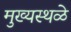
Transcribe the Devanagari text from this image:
मुख्यस्थळे